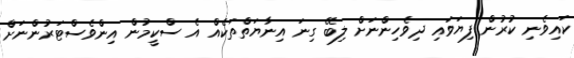
ކައިވެނި ކުރުން ފިޔަވައި ދިވެހިންނަށް ލިބޭ ގިނަ އިނާޔަތްތަކެއް އެ ސްކީމުން އިންވެސްޓަރުންނަށް